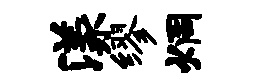
漾缪炯